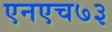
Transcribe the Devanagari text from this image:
एनएच७३